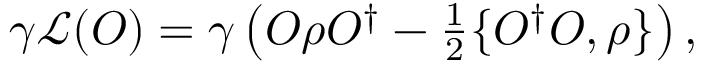
\begin{array} { r } { \gamma \mathcal { L } ( O ) = \gamma \left( O \rho O ^ { \dagger } - \frac { 1 } { 2 } \{ O ^ { \dagger } O , \rho \} \right) , } \end{array}